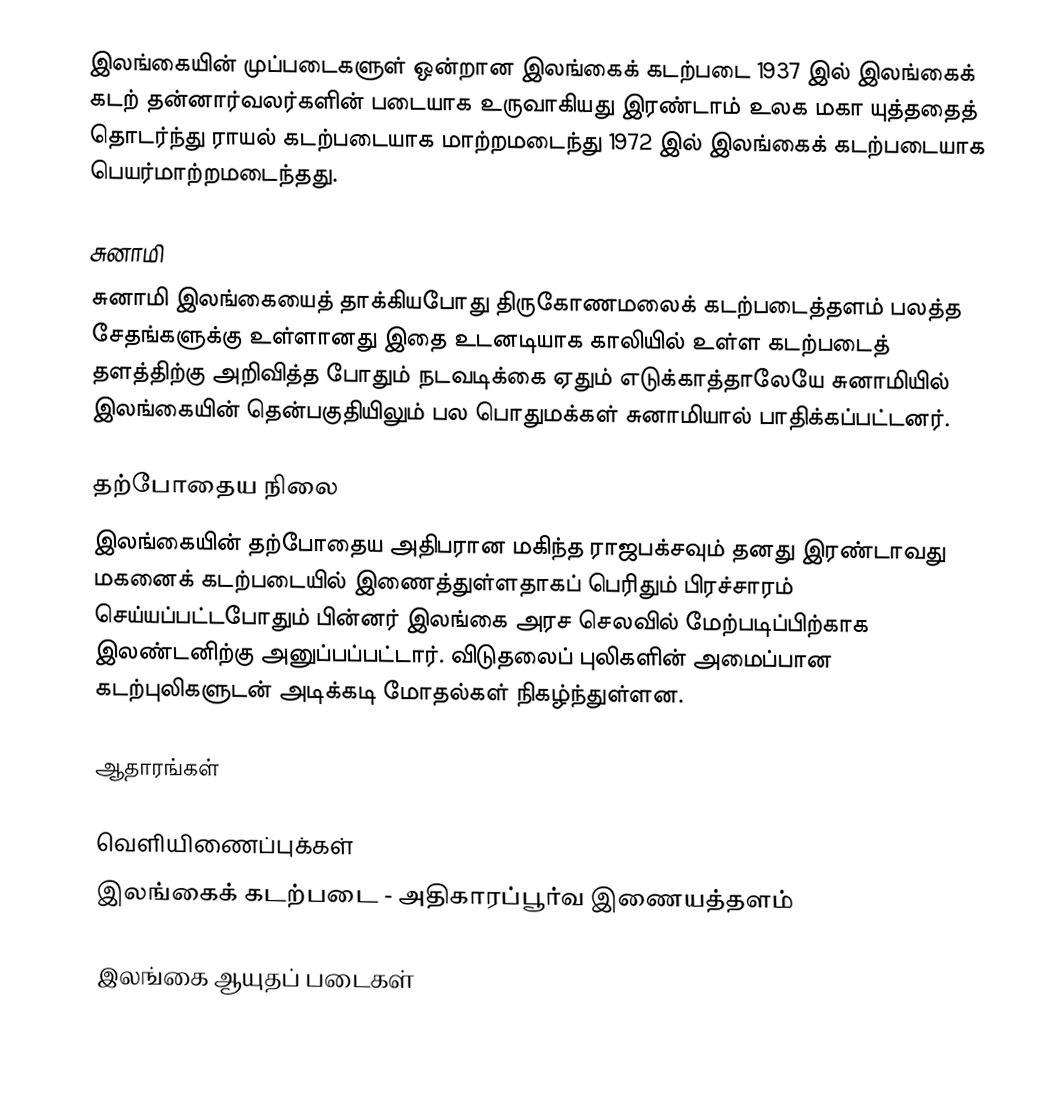
இலங்கையின் முப்படைகளுள் ஒன்றான இலங்கைக் கடற்படை 1937 இல் இலங்கைக் கடற் தன்னார்வலர்களின் படையாக உருவாகியது இரண்டாம் உலக மகா யுத்ததைத் தொடர்ந்து ராயல் கடற்படையாக மாற்றமடைந்து 1972 இல் இலங்கைக் கடற்படையாக பெயர்மாற்றமடைந்தது.

சுனாமி
சுனாமி இலங்கையைத் தாக்கியபோது திருகோணமலைக் கடற்படைத்தளம் பலத்த சேதங்களுக்கு உள்ளானது இதை உடனடியாக காலியில் உள்ள கடற்படைத் தளத்திற்கு அறிவித்த போதும் நடவடிக்கை ஏதும் எடுக்காத்தாலேயே சுனாமியில் இலங்கையின் தென்பகுதியிலும் பல பொதுமக்கள் சுனாமியால் பாதிக்கப்பட்டனர்.

தற்போதைய நிலை
இலங்கையின் தற்போதைய அதிபரான மகிந்த ராஜபக்சவும் தனது இரண்டாவது மகனைக் கடற்படையில் இணைத்துள்ளதாகப் பெரிதும் பிரச்சாரம் செய்யப்பட்டபோதும்  பின்னர் இலங்கை அரச செலவில் மேற்படிப்பிற்காக இலண்டனிற்கு அனுப்பப்பட்டார். விடுதலைப் புலிகளின் அமைப்பான கடற்புலிகளுடன் அடிக்கடி மோதல்கள் நிகழ்ந்துள்ளன.

ஆதாரங்கள்

வெளியிணைப்புக்கள்
 இலங்கைக் கடற்படை  - அதிகாரப்பூர்வ இணையத்தளம்

இலங்கை ஆயுதப் படைகள்